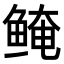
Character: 𬶖